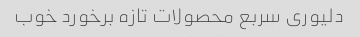
دلیوری سربع محصولات تازه برخورد خوب